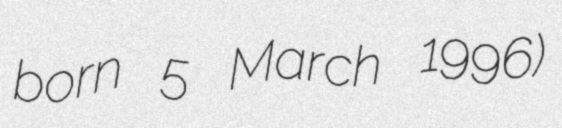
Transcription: born 5 March 1996)